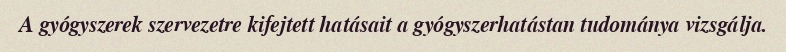
A gyógyszerek szervezetre kifejtett hatásait a gyógyszerhatástan tudománya vizsgálja.